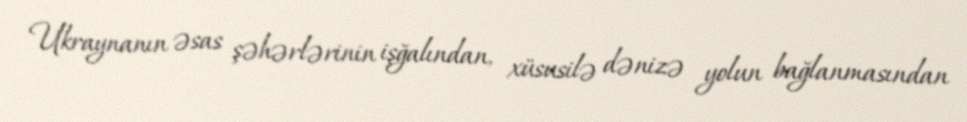
Ukraynanın əsas şəhərlərinin işğalından, xüsusilə dənizə yolun bağlanmasından